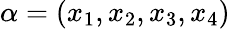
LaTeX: \alpha=(x_{1},x_{2},x_{3},x_{4})